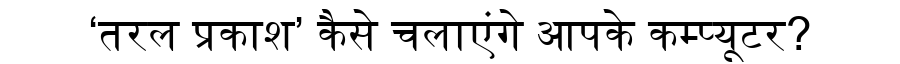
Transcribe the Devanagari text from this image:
‘तरल प्रकाश’ कैसे चलाएंगे आपके कम्प्यूटर?